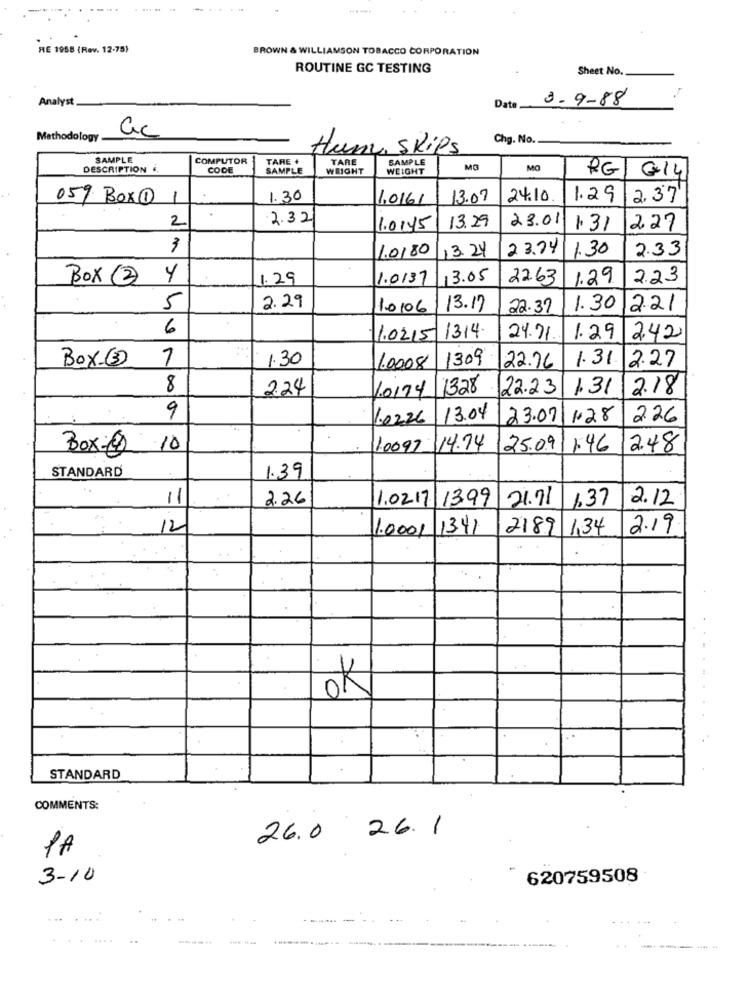
... .
..
RE 1958 (Rev. 12-75)
BROWN & WILLIAMSON TOBACCO CORPORATION
ROUTINE GC TESTING
Sheet No.
Analyst
3-9-88
Date
Methodology
ac
Chg. No.
Hum, Skips
SAMPLE
COMPUTOR
TARE +
TARE
SAMPLE
DESCRIPTION .
CODE
SAMPLE
WEIGHT
WEIGHT
MG
MO
RG G14
059 Box®
-
1.30
1,0161
13.07
24.10
1.29
2,37
2
2.32
23.01
1.0145
13.29
1.31
227
3
1.0180
23.74
1.30
2.33
13.24
Box 2
Y
1.29
1.013]
13.05
22.63
1.29
2.23
2.29
5
1.0106
13.17
22.37
1.30 221
6
1.0215
1314
24.71
1.29 242
Box-(
7
1.30
1309
1.31
2.27
1.0008
22.76
8
224
1.0174 1328
22.23
1.31
2.18
9
1.0226
13.04
23.07
1.28
2.26
Box-0
10
10097
14.74
25.09
1.46
2.48
STANDARD
1.39
11
2.26
1.02.17
13,99
21.71
4.37
2.12
12
1.0001
1341
2189 134
2.19
ok
STANDARD
COMMENTS:
26.0 26.1
PA
3-10
620759508
....
...
----- -